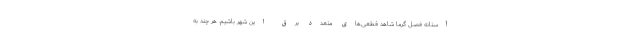
آستانه فصل گرما شاهد قطعی‌های متعدد برق‌ این شهر باشیم. هر چند به